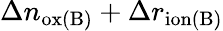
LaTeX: \Delta n_{\mathrm{ox(B)}}+\Delta r_{\mathrm{ion(B)}}